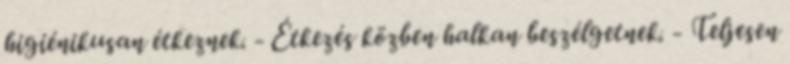
higiénikusan étkeznek. - Étkezés közben halkan beszélgetnek. - Teljesen